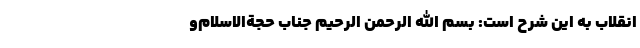
انقلاب به این شرح است: بسم ‌الله الرحمن الرحیم جناب حجة‌الاسلام‌و